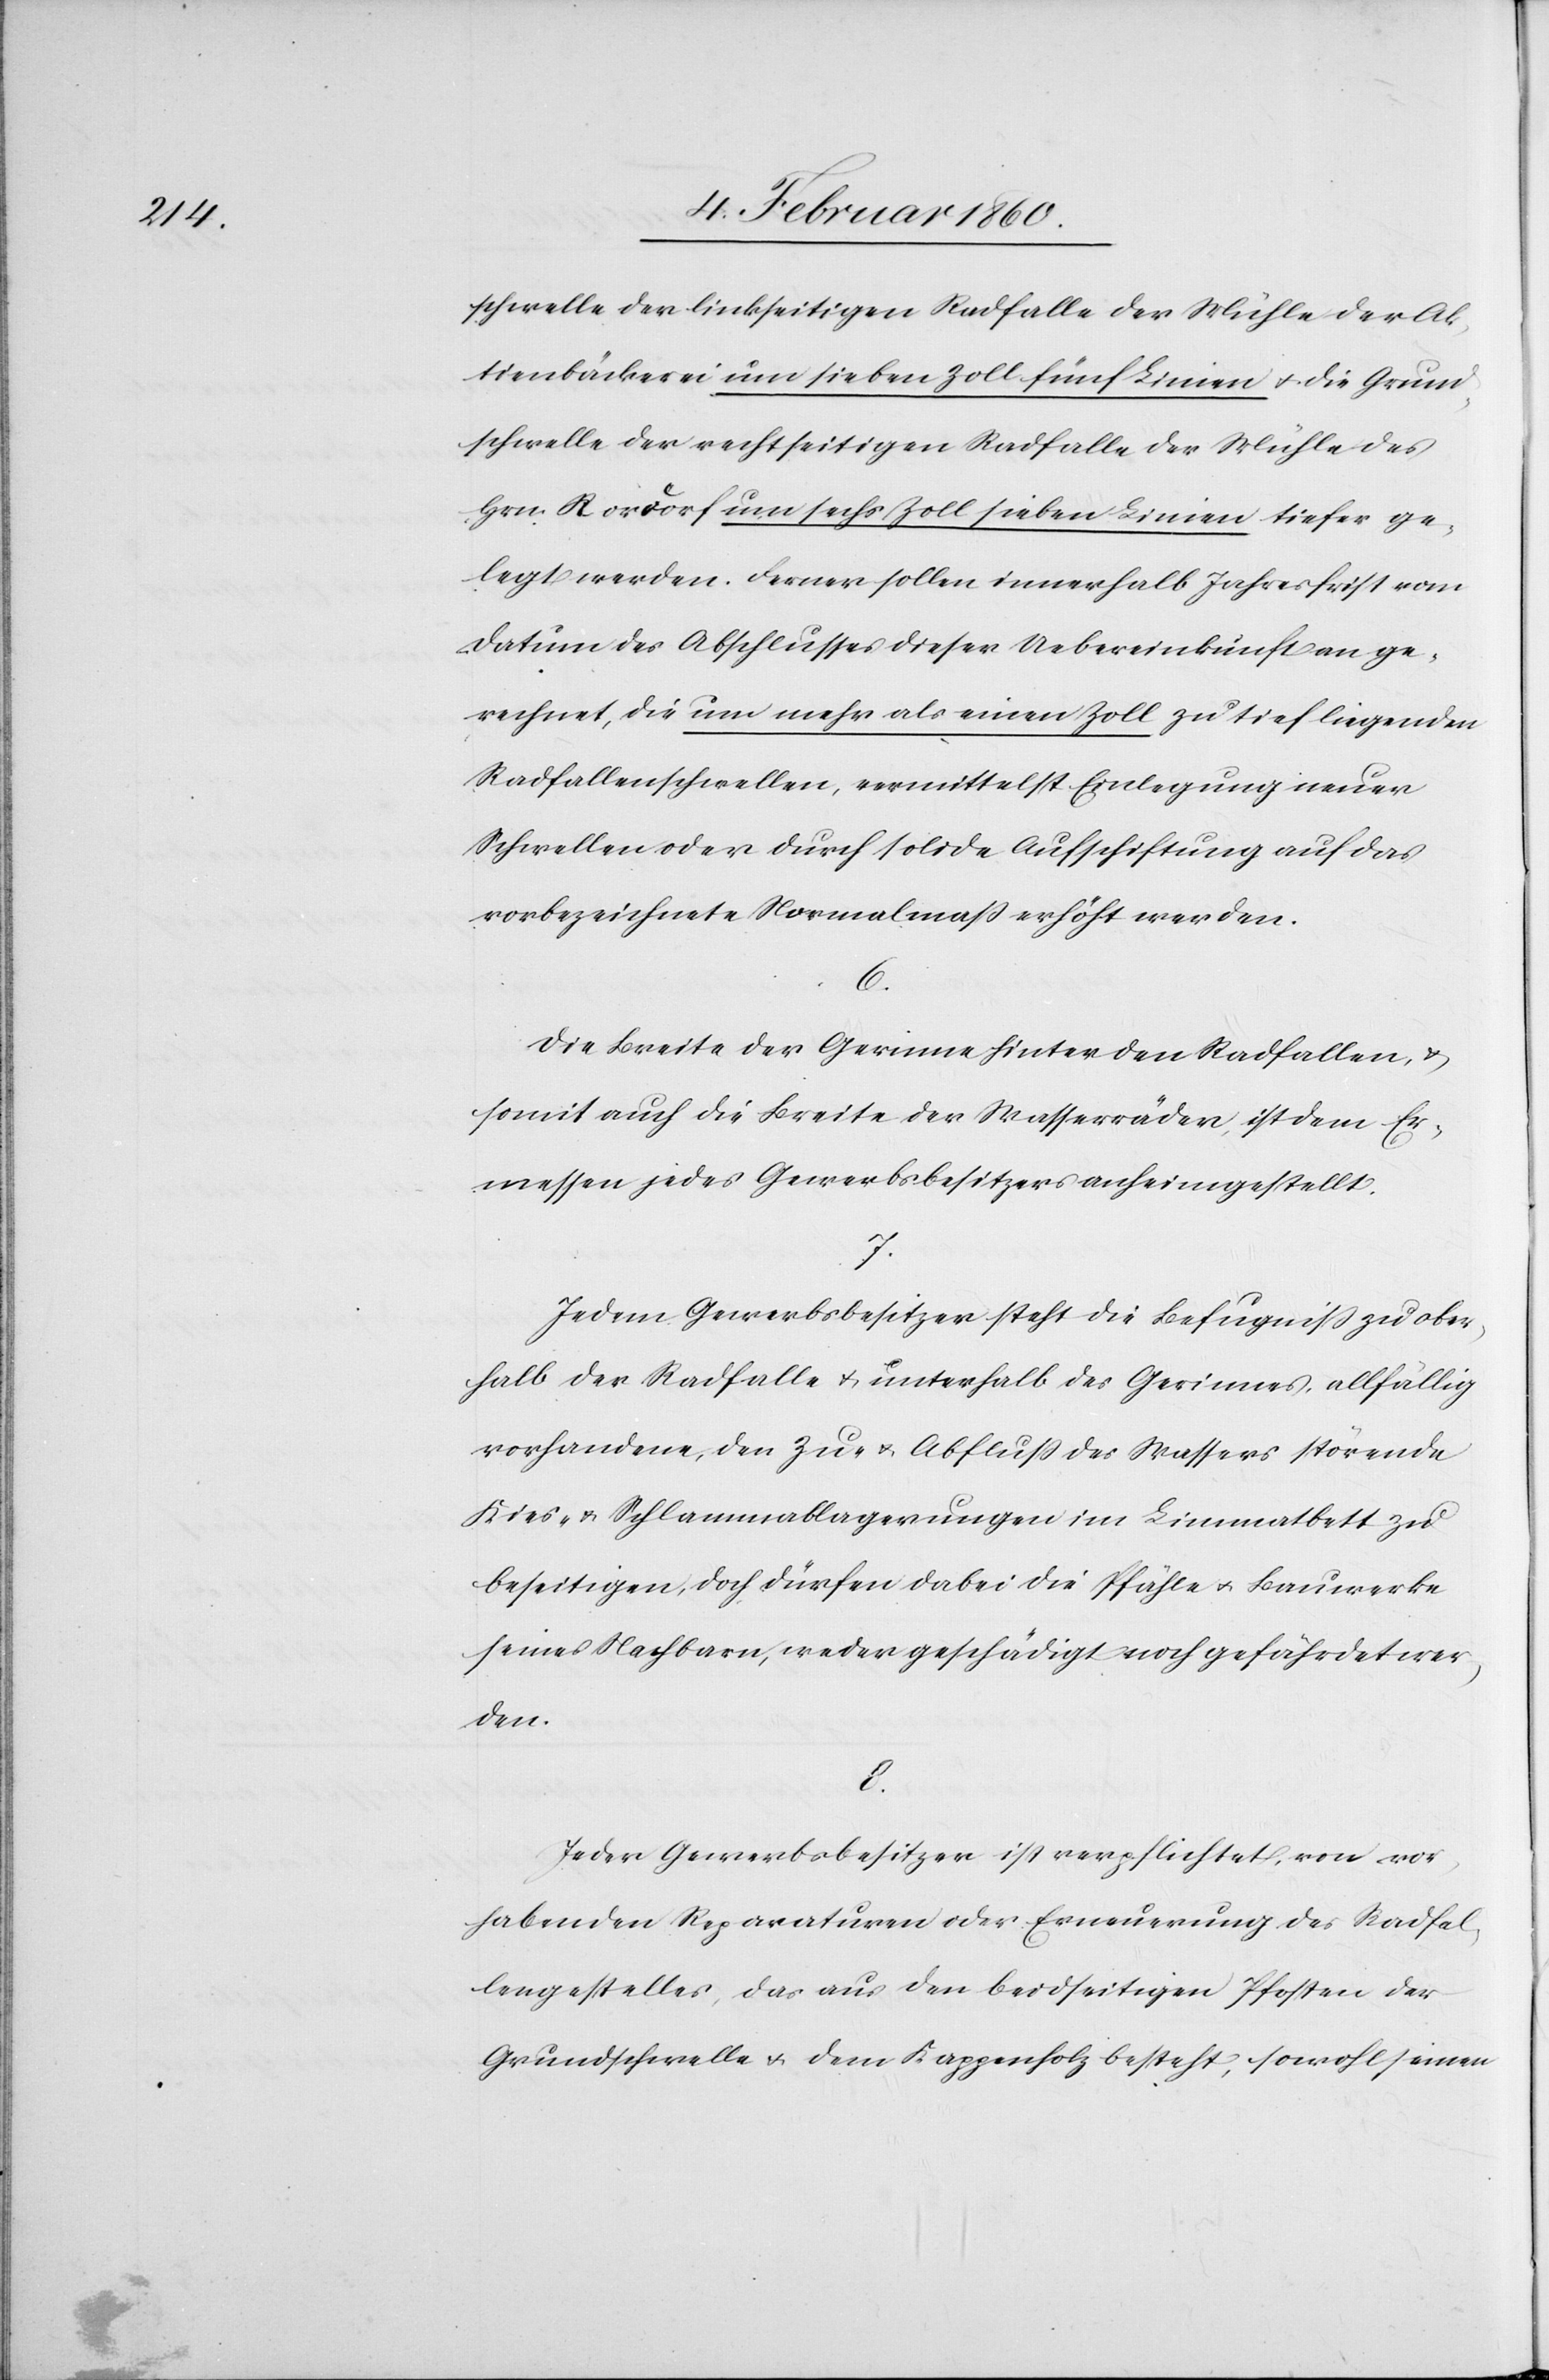
schwelle der linkseitigen Radfalle der Mühle der Ak¬
tienbäckerei um sieben Zoll fünf Linien u. die Grund¬
schwelle der rechtseitigen Radfalle der Mühle des
Hrn. Rordorf um sechs Zoll sieben Linien tiefer ge¬
legt werden. Ferner sollen innerhalb Jahresfrist vom
Datum des Abschlusses dieser Uebereinkunft an ge¬
rechnet, die um mehr als einen Zoll zu tief liegenden
Radfallenschwellen, vermittelst Einlegung neuer
Schwellen oder durch solide Aufschichtung auf das
vorbezeichnete Normalmaß erhöht werden.
6.
Die Breite der Gerinne hinter den Radfallen u.
somit auch die Breite der Wasserräder, ist dem Er¬
messen jedes Gewerbsbesitzers anheimgestellt.
7.
Jedem Gewerbsbesitzer steht die Befugniss zu ober¬
halb der Radfalle u. unterhalb des Gerinnes, allfällig
vorhandene, den Zu- u. Abfluß des Wassers störende
Kies- u. Schlammablagerungen im Limmatbett zu
beseitigen, doch dürfen dabei die Pfähle u. Bauwerke
seines Nachbarn, weder geschädigt noch gefährdet wer¬
den.
8.
Jeder Gewerbsbesitzer ist verpflichtet, von vor¬
habenden Reparaturen oder Erneuerung des Radfal¬
lengestelles, das aus den beidseitigen Pfosten der
Grundschwelle u. dem Kappenholz besteht, sowohl seinen